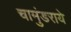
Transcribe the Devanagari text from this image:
चामुंडराये